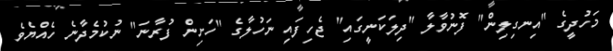
މަހުދީގެ "އިނގިލިން" ފޮނުވާލާ "ދިލަކަނީގައި" ޖެހިފައި ނަހުލާގެ "ހަށިން ފުރާނަ" ނުކުމެދާނެ ހެއްޔެވެ